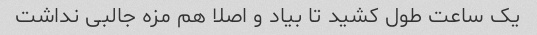
یک ساعت طول کشید تا بیاد و اصلا هم مزه جالبی نداشت